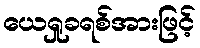
ယေရှုခရစ်အားဖြင့်